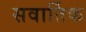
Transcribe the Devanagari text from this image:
सवार्तिक